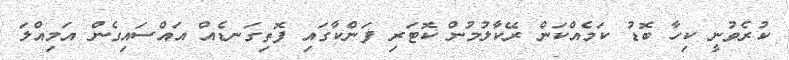
ކުރެވުނީ ކިހާ ބޮޑު ކަމެއްކަން ރޭކާލުމުން ކޮޓަރި ފަންކާގައި ފޮތިގަނޑެއް އައްސައިގެން އަމިއްލަ